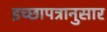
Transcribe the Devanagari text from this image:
इच्छापत्रानुसार